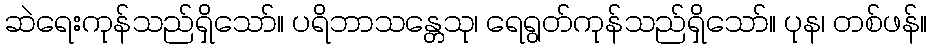
ဆဲရေးကုန်သည်ရှိသော်။ ပရိဘာသန္တေသု၊ ရေရွတ်ကုန်သည်ရှိသော်။ ပုန၊ တစ်ဖန်။